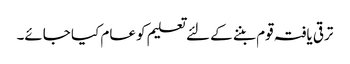
ترقی یافتہ قوم بننے کے لئے تعلیم کو عام کیا جائے۔